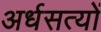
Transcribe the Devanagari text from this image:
अर्धसत्यों